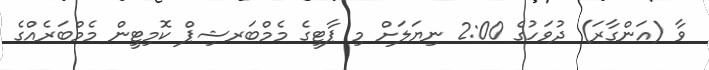
ވާ (އަންގާރަ) ދުވަހުގެ 2:00 ނިޔަލަށް މި ޕާޓީގެ މެމްބަރޝިޕް ކޮމިޓީން މެމްބަރެއްގެ